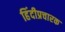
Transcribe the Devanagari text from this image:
हिंदीप्रचारक